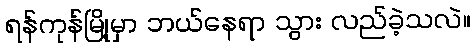
ရန်ကုန်မြို့မှာ ဘယ်နေရာ သွား လည်ခဲ့သလဲ။